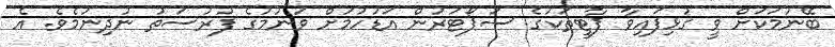
ބޭނުމަކަށް ވީ ގުޅިފައިވާ ޕާޓީތަކުގެ ސަޕޯޓަރުން އަޑުހުމަށް ވަނުމުގެ ފުރުސަތު ނުދިނުމެވެ. އެ